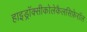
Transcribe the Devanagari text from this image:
हाइड्रॉक्सीकोलेकैलसिफ़ेरॉल